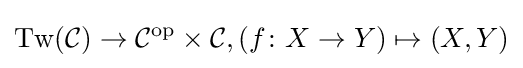
\operatorname {Tw} ({\mathcal {C}})\rightarrow {\mathcal {C}}^{\mathrm {op} }\times {\mathcal {C}},(f\colon X\rightarrow Y)\mapsto (X,Y)